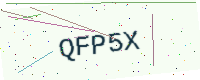
Text: QFP5X